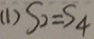
( 1 ) S _ { 2 } = S _ { 4 }